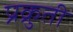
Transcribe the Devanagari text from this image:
प्रक्रुती